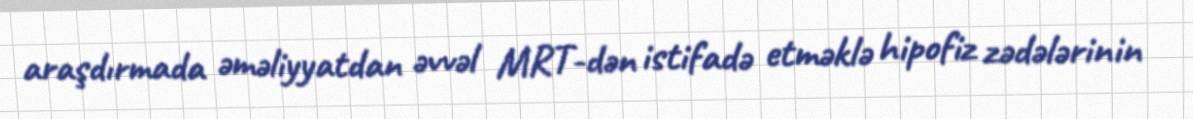
araşdırmada əməliyyatdan əvvəl MRT-dən istifadə etməklə hipofiz zədələrinin